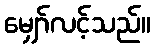
မျှော်လင့်သည်။